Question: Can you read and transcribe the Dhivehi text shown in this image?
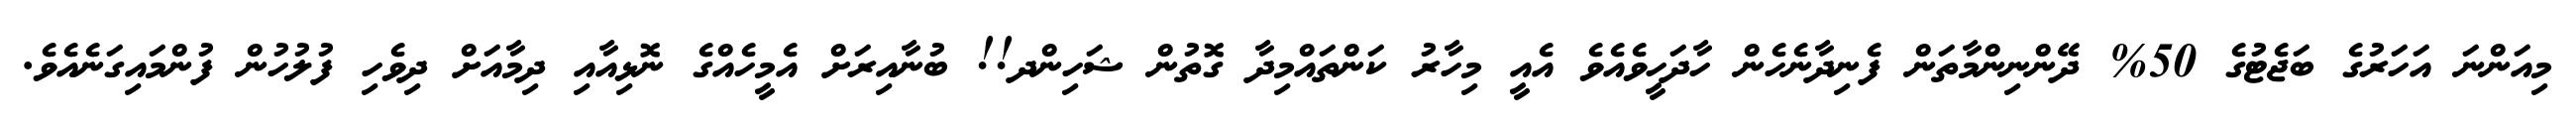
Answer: މިއަންނަ އަހަރުގެ ބަޖެޓުގެ 50% ދޭންނިންމާތަން ފެނިދާނެހެން ހާދަހީވެއެވެ އެއީ މިހާރު ކަންތައްމިދާ ގޮތުން ޝަހިންދ!! ބުނާއިރަށް އެމީހެއްގެ ނޮޅިއާއި ދިމާއަށް ދިވެހި ފުލުހުން ފުންމައިގަނެއެވެ.